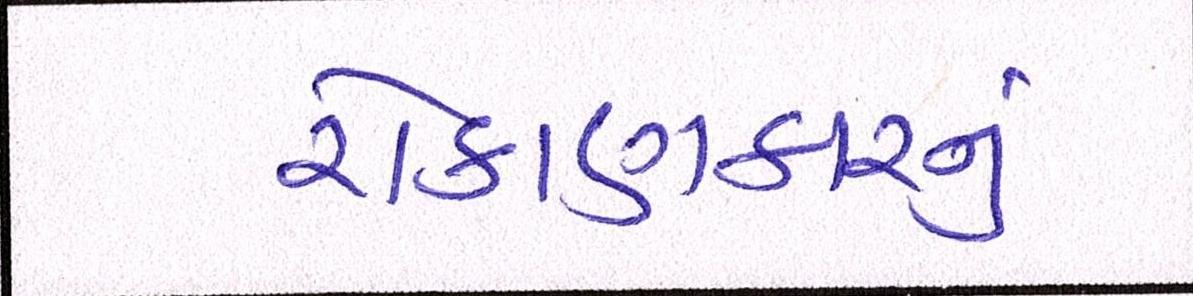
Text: રોકાણકારનું